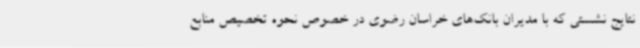
نتایج نشستی که با مدیران بانک‌های خراسان رضوی در خصوص نحوه تخصیص منابع